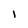
Character: l